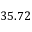
3 5 . 7 2